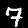
Label: 7